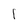
Character: l